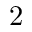
2